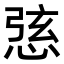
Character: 𢛆